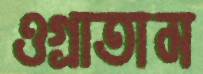
ওগ্‌রাতাম